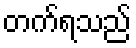
တက်ရသည်